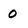
Character: 0